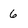
Character: 6